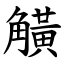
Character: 觵